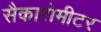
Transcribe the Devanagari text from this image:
सैकारोमीटर